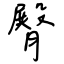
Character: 臀